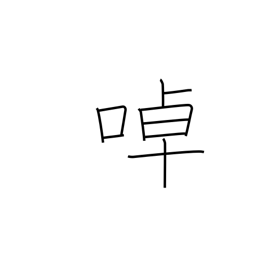
Meaning: twittering